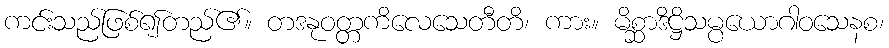
ကင်းသည်ဖြစ်၍တည်၏။ တဒနုဝတ္တကိလေသေတီတိ၊ ကား။ မိစ္ဆာဒိဋ္ဌိသမ္ပယောဂါဝသေနစ၊